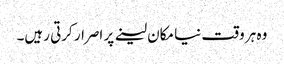
وہ ہر وقت نیا مکان لینے پر اصرار کرتی رہیں۔